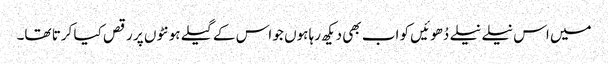
میں اس نیلے نیلے دُھوئیں کو اب بھی دیکھ رہا ہوں جو اس کے گیلے ہونٹوں پر رقص کیا کرتا تھا۔